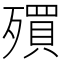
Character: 𣩥